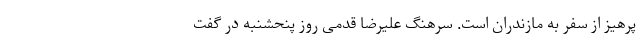
پرهیز از سفر به مازندران است. سرهنگ علیرضا قدمی روز پنحشنبه در گفت